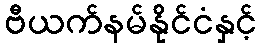
ဗီယက်နမ်နိုင်ငံနှင့်